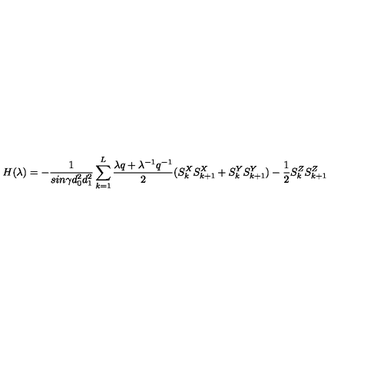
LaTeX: H ( { \lambda } ) = - \frac { 1 } { s i n \gamma d _ { 0 } ^ { 2 } d _ { 1 } ^ { 2 } } \sum _ { k = 1 } ^ { L } \frac { { \lambda } q + { \lambda } ^ { - 1 } q ^ { - 1 } } { 2 } ( S _ { k } ^ { X } S _ { k + 1 } ^ { X } + S _ { k } ^ { Y } S _ { k + 1 } ^ { Y } ) - \frac { 1 } { 2 } S _ { k } ^ { Z } S _ { k + 1 } ^ { Z }